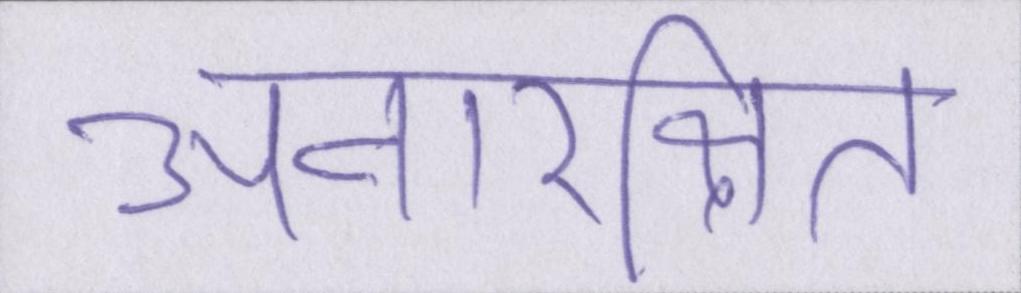
अनारक्षित